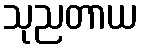
သုညတာယ